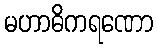
မဟာဓိကရဏော